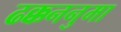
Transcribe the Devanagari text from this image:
ढक्कननुमा